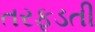
તરફડતી